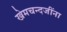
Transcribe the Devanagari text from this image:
खेमचन्दजींना